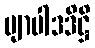
ဗျာပါဒဒိဋ္ဌိ